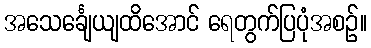
အသေင်္ချေယျထိအောင် ရေတွက်ပြပုံအစဉ်။